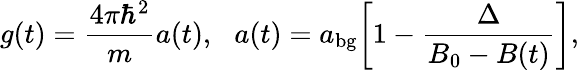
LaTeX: g(t)=\frac{4\pi\hbar^{2}}{m}a(t),\, \, \, \, a(t)=a_{\mathrm{bg}}\bigg[1-\frac{\Delta}{B_{0}-B(t)}\bigg],